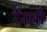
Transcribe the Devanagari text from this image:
रैंनचो